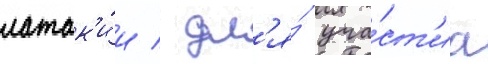
латак'и́и / дл'я́ уча́ст'иа